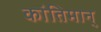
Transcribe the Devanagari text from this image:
कांतिमान्‌